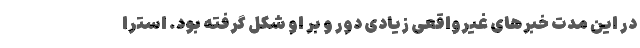
در این مدت خبرهای غیرواقعی زیادی دور و بر او شکل گرفته بود. استرا